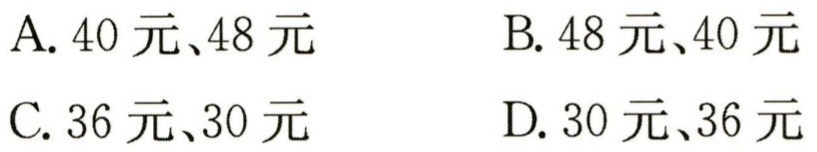
A. 40 元、48 元

B. 48 元、40 元

C. 36 元、30 元

D. 30 元、36 元